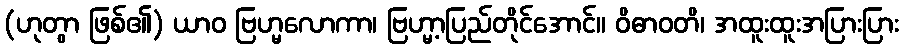
(ဟုတွာ ဖြစ်၏) ယာဝ ဗြဟ္မလောကာ၊ ဗြဟ္မာ့ပြည်တိုင်အောင်။ ဝိဓာဝတိ၊ အထူးထူးအပြားပြား